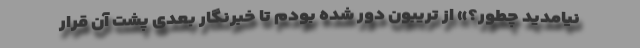
نیامدید چطور؟» از تریبون دور شده بودم تا خبرنگار بعدی پشت آن قرار